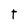
Character: t